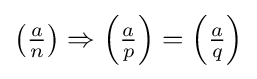
\textstyle \left({\frac {a}{n}}\right)\Rightarrow \left({\frac {a}{p}}\right)=\left({\frac {a}{q}}\right)